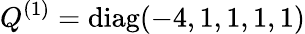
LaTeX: Q^{(1)}=\mathrm{diag}(-4,1,1,1,1)